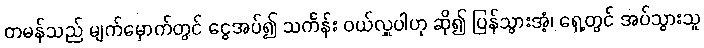
တမန်သည် မျက်မှောက်တွင် ငွေအပ်၍ သင်္ကန်း ဝယ်လှူပါဟု ဆို၍ ပြန်သွားအံ့၊ ရှေ့တွင် အပ်သွားသူ